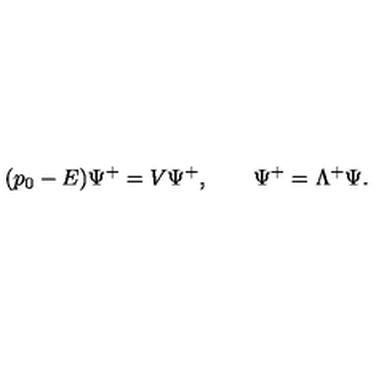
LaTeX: ( p _ { 0 } - E ) \Psi ^ { + } = V \Psi ^ { + } , \qquad \Psi ^ { + } = \Lambda ^ { + } \Psi .